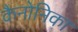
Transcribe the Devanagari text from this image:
कैनोनिका